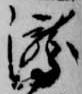
瀧